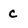
Character: c